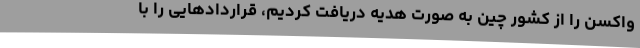
واکسن را از کشور چین به صورت هدیه دریافت کردیم، قراردادهایی را با